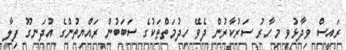
ރައީސް ވިދާޅުވީ މިހާރު ސަރުކާރުން ދެވޭ ހިދުމަތްތަކުގެ ސަބަބުން ރައްޔިތުންގެ އުދަނގޫ ފިލާ